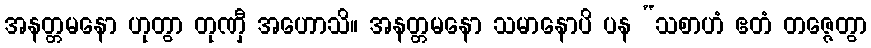
အနတ္တမနော ဟုတွာ တုဏှီ အဟောသိ။ အနတ္တမနော သမာနောပိ ပန “သစာဟံ ဧတံ တဇ္ဇေတွာ